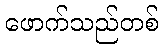
ဖောက်သည်တစ်